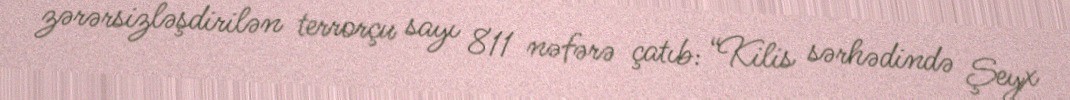
zərərsizləşdirilən terrorçu sayı 811 nəfərə çatıb: “Kilis sərhədində Şeyx